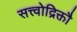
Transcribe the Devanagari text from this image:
सत्त्वोद्रिक्तौ